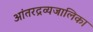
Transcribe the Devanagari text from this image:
आंतरद्रव्यजालिका